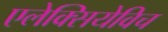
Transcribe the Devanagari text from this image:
एलेक्सियेविच